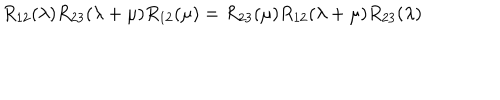
LaTeX: R _ { 1 2 } ( \lambda ) R _ { 2 3 } ( \lambda + \mu ) R _ { 1 2 } ( \mu ) = R _ { 2 3 } ( \mu ) R _ { 1 2 } ( \lambda + \mu ) R _ { 2 3 } ( \lambda )